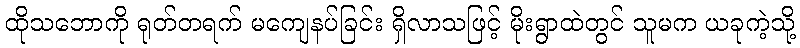
ထိုသဘောကို ရုတ်တရက် မကျေနပ်ခြင်း ရှိလာသဖြင့် မိုးရွာထဲတွင် သူမက ယခုကဲ့သို့